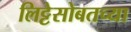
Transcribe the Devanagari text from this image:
लिट्टेसोबतच्या